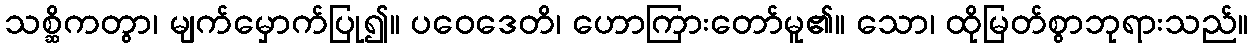
သစ္ဆိကတွာ၊ မျက်မှောက်ပြု၍။ ပဝေဒေတိ၊ ဟောကြားတော်မူ၏။ သော၊ ထိုမြတ်စွာဘုရားသည်။